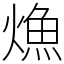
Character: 龽